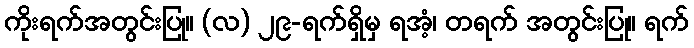
ကိုးရက်အတွင်းပြု။ (လ) ၂၉-ရက်ရှိမှ ရအံ့၊ တရက် အတွင်းပြု။ ရက်